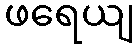
ဖရေယျ